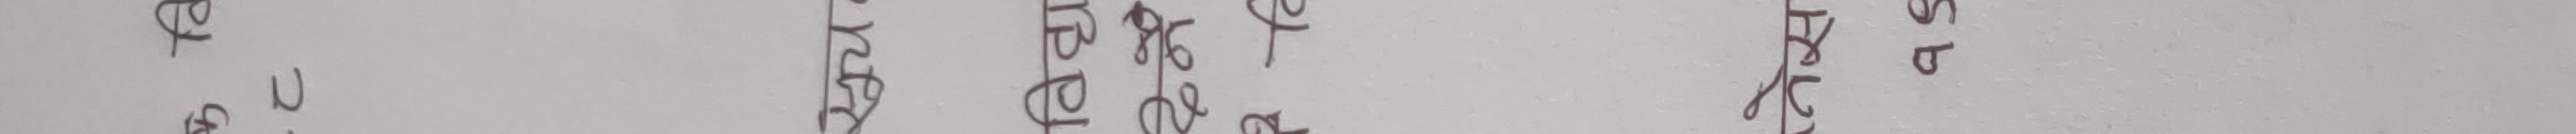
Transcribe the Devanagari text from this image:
भन्ने हेतुले भन्ने